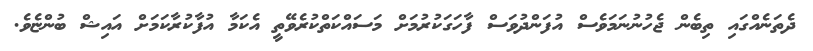
ދެތަނެއްގައި ތިބެން ޖެހުނުނަމަވެސް އުފަންދުވަސް ފާހަގަކުރުމަށް މަސައްކަތްކުރެވޭތީ އެކަމާ އުފާކުރާކަމަށް އައިޝް ބުންޏެވެ.